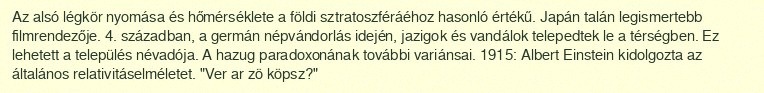
Az alsó légkör nyomása és hőmérséklete a földi sztratoszféráéhoz hasonló értékű. Japán talán legismertebb filmrendezője. 4. században, a germán népvándorlás idején, jazigok és vandálok telepedtek le a térségben. Ez lehetett a település névadója. A hazug paradoxonának további variánsai. 1915: Albert Einstein kidolgozta az általános relativitáselméletet. "Ver ar zö köpsz?"